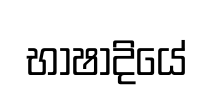
භාෂාදියේ